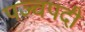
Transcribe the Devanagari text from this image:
पञ्चपदी